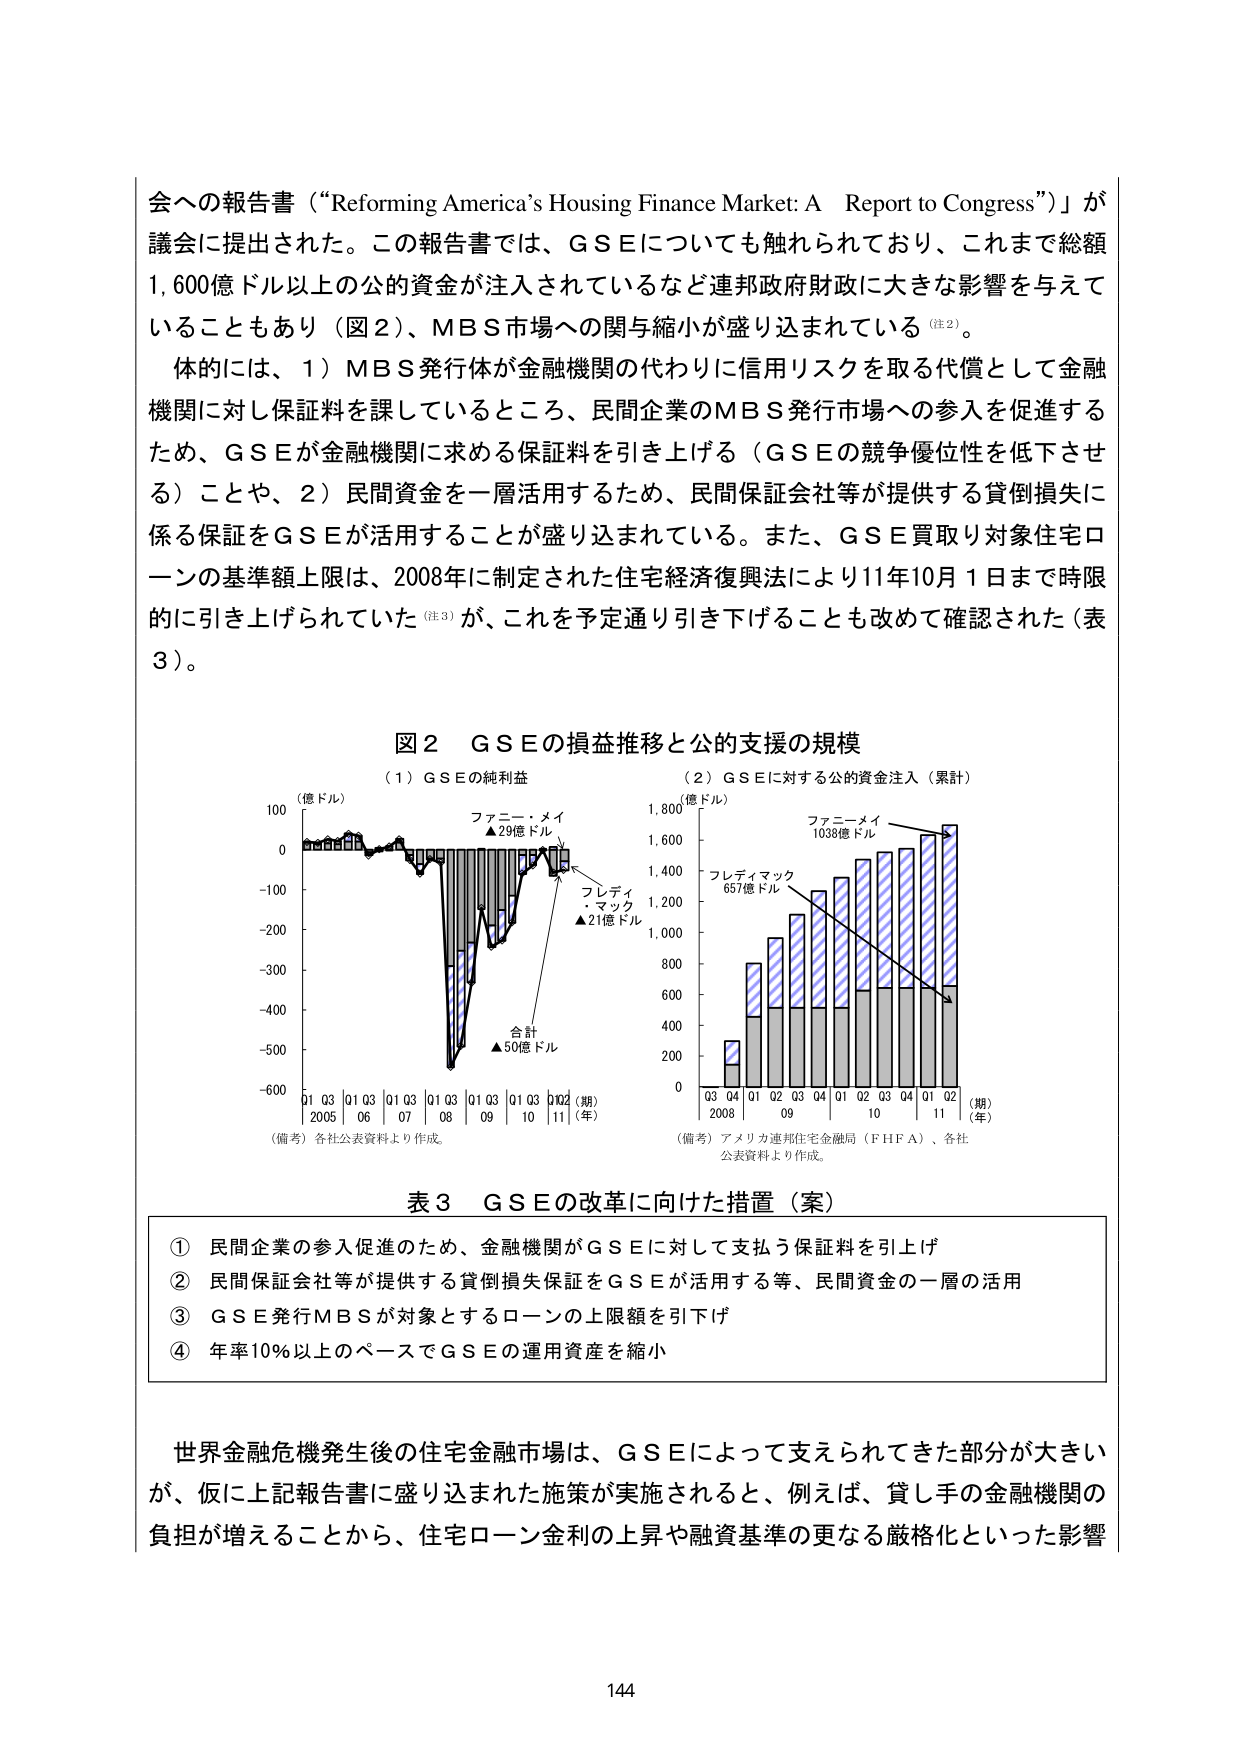
会への報告書（“Reforming America’s Housing Finance Market: A Report to Congress”）が議会に提出された。この報告書では、ＧＳＥについても触れられており、これまで総額1,600億ドル以上の公的資金が注入されているなど連邦政府財政に大きな影響を与えていることもあり（図2）、ＭＢＳ市場への関与縮小が盛り込まれている（注2）。

体的には、1）ＭＢＳ発行体が金融機関の代わりに信用リスクを取る代償として金融機関に対し保証料を課しているところ、民間企業のＭＢＳ発行市場への参入を促進するため、ＧＳＥが金融機関に求める保証料を引き上げる（ＧＳＥの競争優位性を低下させる）ことや、2）民間資金を一層活用するため、民間保証会社等が提供する貸倒損失に係る保証をＧＳＥが活用することが盛り込まれている。また、ＧＳＥ買取り対象住宅ローンの基準額上限は、2008年に制定された住宅経済復興法により11月10月1日まで時限的に引き上げられていた（注3）が、これを予定通り引き下げることも改めて確認された（表3）。

図2 ＧＳＥの損益推移と公的支援の規模

（1）ＧＳＥの純利益
（億ドル）
100
0
-100
-200
-300
-400
-500
-600
01 03 01 03 01 03 01 03 01 03 01 03 01 03（期）
2005 06 07 08 09 10 11（年）
（備考）各社公表資料より作成。
ファニー・メイ
▲29億ドル
フレディ・マック
▲21億ドル
合計
▲50億ドル

（2）ＧＳＥに対する公的資金注入（累計）
（億ドル）
1,800
1,600
1,400
1,200
1,000
800
600
400
200
0
Q3 Q4 Q1 Q2 Q3 Q4 Q1 Q2 Q3 Q4 Q1 Q2（期）
2008 09 10 11（年）
（備考）アメリカ連邦住宅金融局（ＦＨＦＡ）、各社公表資料より作成。
ファニーメイ
1038億ドル
フレディマック
657億ドル

表3 ＧＳＥの改革に向けた措置（案）
① 民間企業の参入促進のため、金融機関がＧＳＥに対して支払う保証料を引上げ
② 民間保証会社等が提供する貸倒損失保証をＧＳＥが活用する等、民間資金の一層の活用
③ ＧＳＥ発行ＭＢＳが対象とするローンの上限額を引下げ
④ 年率10％以上のペースでＧＳＥの運用資産を縮小

世界金融危機発生後の住宅金融市場は、ＧＳＥによって支えられてきた部分が大きいが、仮に上記報告書に盛り込まれた施策が実施されると、例えば、貸し手の金融機関の負担が増えることから、住宅ローン金利の上昇や融資基準の更なる厳格化といった影響

144